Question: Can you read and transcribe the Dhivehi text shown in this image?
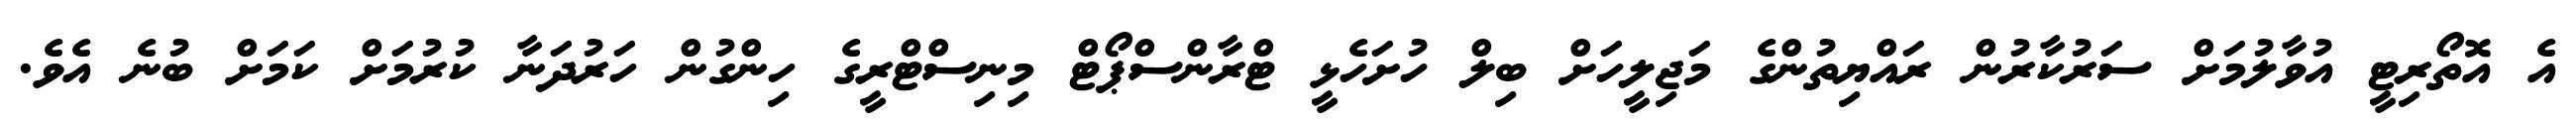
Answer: އެ އޮތޯރިޓީ އުވާލުމަށް ސަރުކާރުން ރައްޔިތުންގެ މަޖިލީހަށް ބިލް ހުށަހެޅީ ޓްރާންސްޕޯޓް މިނިސްޓްރީގެ ހިންގުން ހަރުދަނާ ކުރުމަށް ކަމަށް ބުނެ އެވެ.